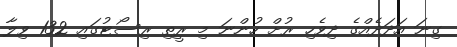
ގިނަ އަދަދެއްގެ ދިވެހި ރުށް ހުންނަ މި ރީތި ރިސޯޓުގައި 132 ވިލާ